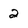
Character: 2